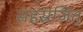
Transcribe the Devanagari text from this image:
सहस्रजित्